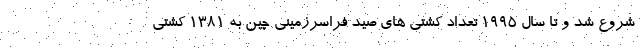
شروع شد و تا سال 1995 تعداد کشتی های صید فراسرزمینی چین به ۱۳۸۱ کشتی